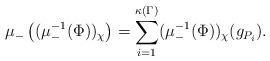
LaTeX: \begin{align*}\mu_{-}\left((\mu_{-}^{-1}(\Phi))_\chi\right)=\sum_{i=1}^{\kappa(\Gamma)}(\mu_{-}^{-1}(\Phi))_\chi(g_{P_i}).\end{align*}